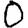
Digit: 0